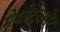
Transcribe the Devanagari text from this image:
मेथोट्रेक्सेट